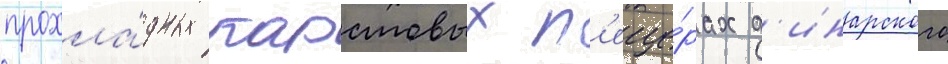
прохла́дных карстовых п'еще́рах д'инарского